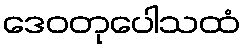
ဒေဝတုပေါသထံ